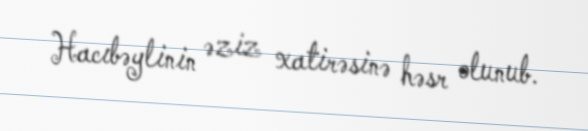
Hacıbəylinin əziz xatirəsinə həsr olunub.